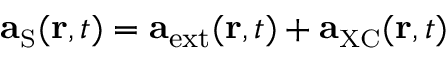
{ \bf a } _ { \scriptscriptstyle \mathrm { S } } ( { \bf r } , t ) = { \bf a } _ { \mathrm { e x t } } ( { \bf r } , t ) + { \bf a } _ { \scriptscriptstyle \mathrm { X C } } ( { \bf r } , t )